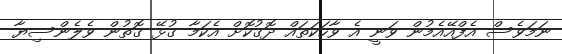
ނަމަވެސް އެފްއޭއެމުން ވަނީ އެ ވާހަކަތައް ދޮގުކޮށް އެކަމާ ގުޅޭ ގޮތުން ވެލެންސިޔާ